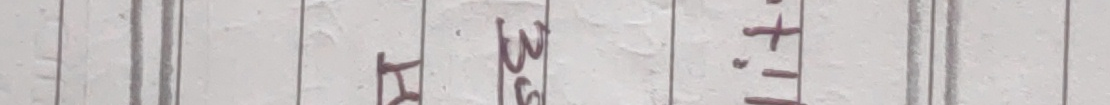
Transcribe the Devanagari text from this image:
हे. ३७+